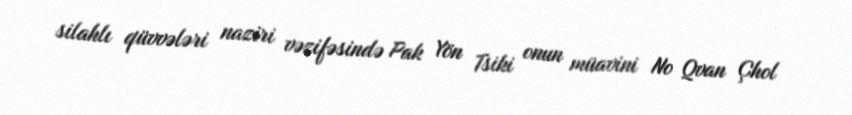
silahlı qüvvələri naziri vəzifəsində Pak Yön Tsiki onun müavini No Qvan Çhol